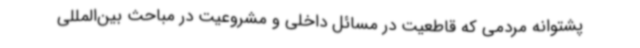
پشتوانه مردمی که قاطعیت در مسائل داخلی و مشروعیت در مباحث بین‌المللی